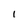
Character: l